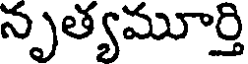
నృత్యమూర్తి